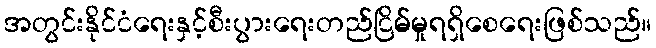
အတွင်းနိုင်ငံရေးနှင့်စီးပွားရေးတည်ငြိမ်မှုရရှိစေရေးဖြစ်သည်။